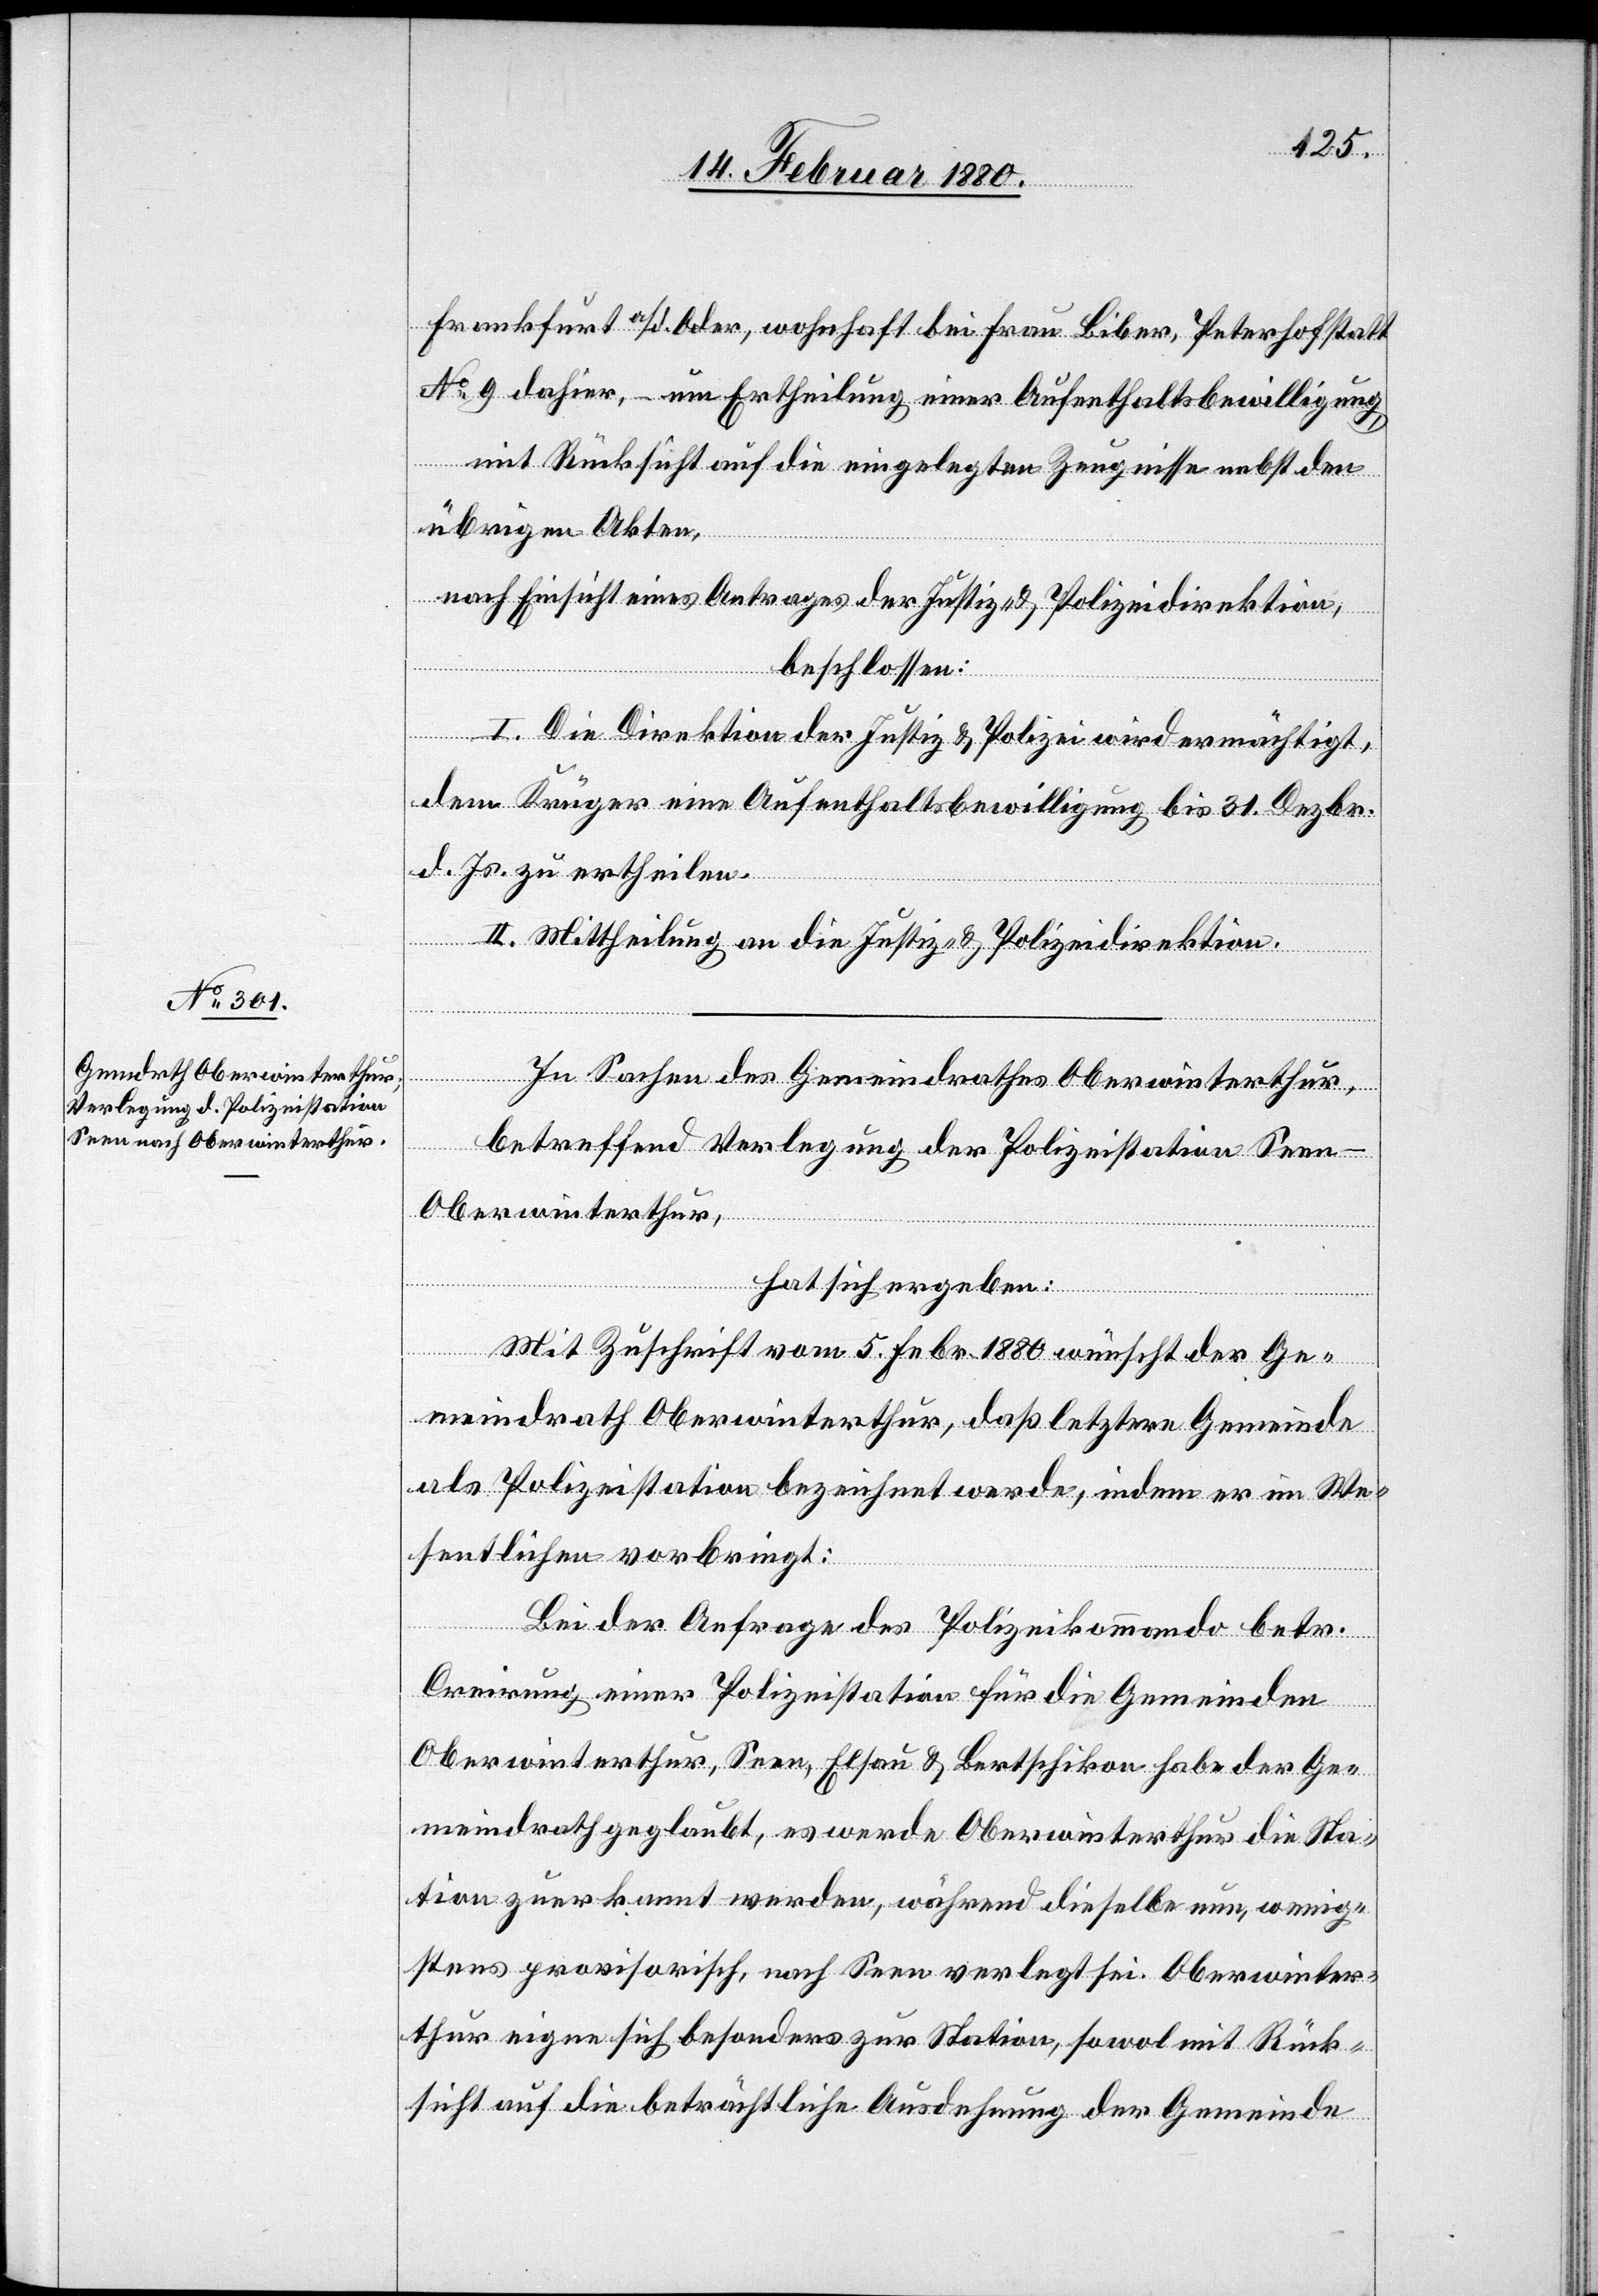
Frankfurt a./d Oder, wohnhaft bei Frau Biber, Peterhofstatt
No 9 dahier, – um Ertheilung einer Aufenthaltsbewilligung,
mit Rücksicht auf die eingelegten Zeugnisse nebst den
übrigen Akten,
nach Einsicht eines Antrages der Justiz- & Polizeidirektion,
beschlossen:
I. Die Direktion der Justiz & Polizei wird ermächtigt,
dem Krüger eine Aufenthaltsbewilligung bis 31. Dezbr.
d. Js. zu ertheilen.
II. Mittheilung an die Justiz- & Polizeidirektion.
In Sachen des Gemeindrathes Oberwinterthur,
betreffend Verlegung der Polizeistation Seen
Oberwinterthur,
hat sich ergeben:
Mit Zuschrift vom 5. Febr. 1880 wünscht der Ge¬
meindrath Oberwinterthur, daß letztere Gemeinde
als Polizeistation bezeichnet werde, indem er im We¬
sentlichen vorbringt:
Bei der Anfrage des Polizeikommando betr.
Creirung einer Polizeistation für die Gemeinden
Oberwinterthur, Seen, Elsau & Bertschikon habe der Ge¬
meindrath geglaubt, es werde Oberwinterthur die Sta¬
tion zuerkannt werden, während dieselbe nun, wenig¬
stens provisorisch, nach Seen verlegt sei. Oberwinter¬
thur eigne sich besonders zur Station, sowol mit Rück¬
sicht auf die beträchtliche Ausdehnung der Gemeinde